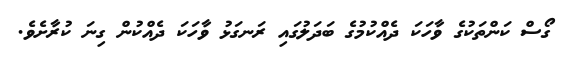
ގޯސް ކަންތަކުގެ ވާހަކަ ދެއްކުމުގެ ބަދަލުގައި ރަނގަޅު ވާހަކަ ދެއްކުން ގިނަ ކުރާށެވެ.